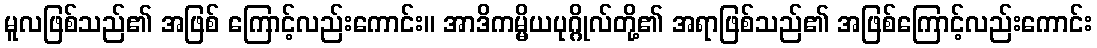
မူလဖြစ်သည်၏ အဖြစ် ကြောင့်လည်းကောင်း။ အာဒိကမ္မိယပုဂ္ဂိုလ်တို့၏ အရာဖြစ်သည်၏ အဖြစ်ကြောင့်လည်းကောင်း